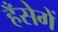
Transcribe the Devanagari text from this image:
हँसेगें